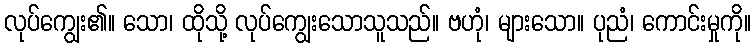
လုပ်ကျွေး၏။ သော၊ ထိုသို့ လုပ်ကျွေးသောသူသည်။ ဗဟုံ၊ များသော။ ပုညံ၊ ကောင်းမှုကို။